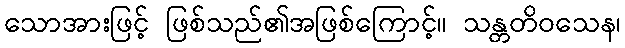
သောအားဖြင့် ဖြစ်သည်၏အဖြစ်ကြောင့်။ သန္တတိဝသေန၊